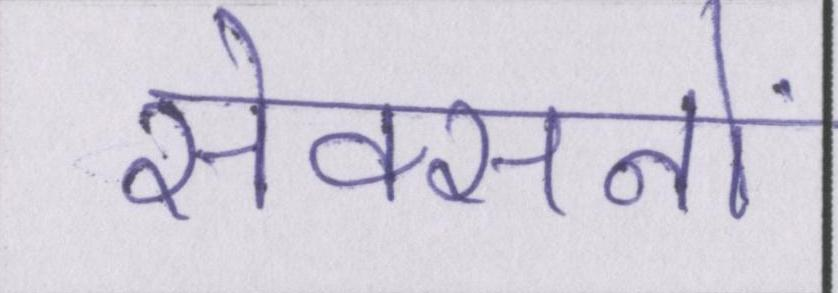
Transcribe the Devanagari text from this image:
सेक्सनों